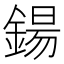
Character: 鍚